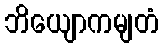
ဘိယျောကမျတံ